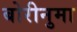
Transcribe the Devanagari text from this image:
बोरीनुमा